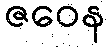
ဇဝေန